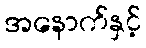
အနောက်နှင့်